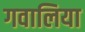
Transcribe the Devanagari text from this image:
गवालिया